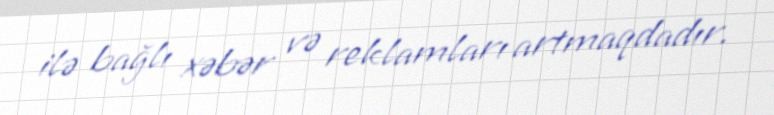
ilə bağlı xəbər və reklamları artmaqdadır.